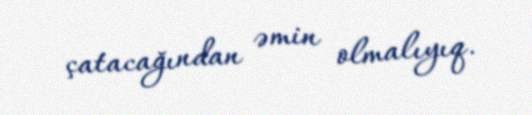
çatacağından əmin olmalıyıq.